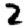
Digit: 2